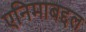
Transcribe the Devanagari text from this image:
एनिमाबद्दल